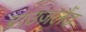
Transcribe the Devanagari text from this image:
ग्राउज़लैंड